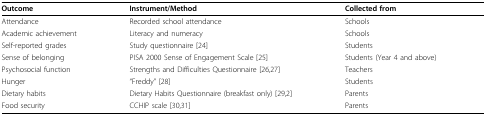
<table><thead><tr><td><b>Outcome</b></td><td><b>Instrument/Method</b></td><td><b>Collected from</b></td></tr></thead><tbody><tr><td>Attendance</td><td>Recorded school attendance</td><td>Schools</td></tr><tr><td>Academic achievement</td><td>Literacy and numeracy</td><td>Schools</td></tr><tr><td>Self-reported grades</td><td>Study questionnaire [24]</td><td>Students</td></tr><tr><td>Sense of belonging</td><td>PISA 2000 Sense of Engagement Scale [25]</td><td>Students (Year 4 and above)</td></tr><tr><td>Psychosocial function</td><td>Strengths and Difficulties Questionnaire [26,27]</td><td>Teachers</td></tr><tr><td>Hunger</td><td>&quot;Freddy&quot; [28]</td><td>Students</td></tr><tr><td>Dietary habits</td><td>Dietary Habits Questionnaire (breakfast only) [29,2]</td><td>Parents</td></tr><tr><td>Food security</td><td>CCHIP scale [30,31]</td><td>Parents</td></tr></tbody></table>